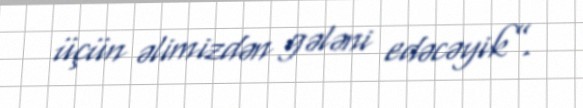
üçün əlimizdən gələni edəcəyik”.